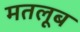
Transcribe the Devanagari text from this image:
मतलूब